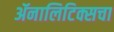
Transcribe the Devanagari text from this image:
ॲनालिटिक्सचा